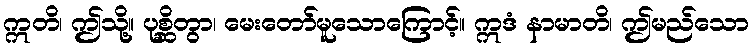
ဣတိ၊ ဤသို့။ ပုစ္ဆိတွာ၊ မေးတော်မူသောကြောင့်။ ဣဒံ နာမာတိ၊ ဤမည်သော